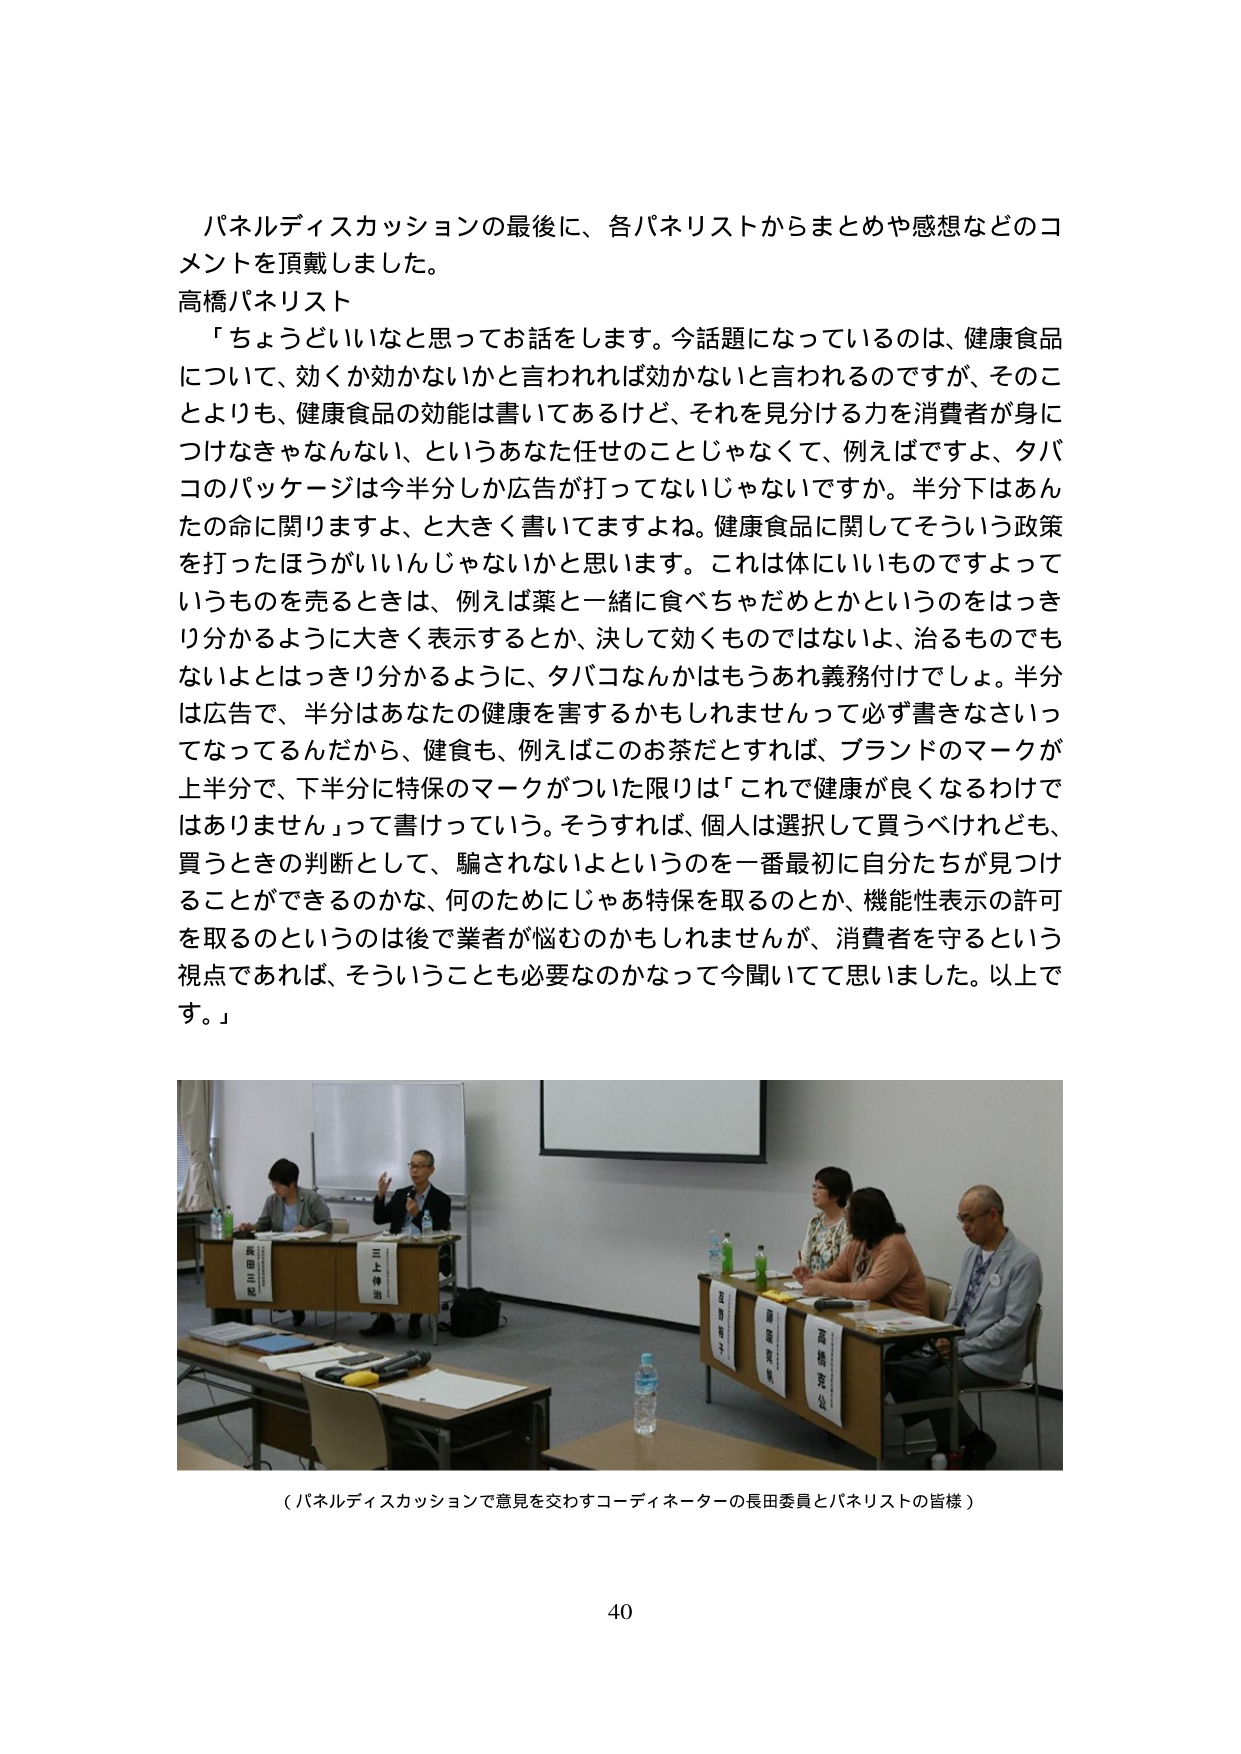
パネルディスカッションの最後に、各パネリストからまとめや感想などのコメントを頂戴しました。

高橋パネリスト
「ちょうどいいなと思ってお話をします。今話題になっているのは、健康食品について、効くか効かないかと言われれば効かないと言われるのですが、そのことよりも、健康食品の効能は書いてあるけど、それを見分ける力を消費者が身につけなきゃなんない、というあなた任せのことじゃなくて、例えばですよ、タバコのパッケージは今半分しか広告が打ってないじゃないですか。半分下はあなたの命に関りますよ、と大きく書いてますよね。健康食品に関してそういう政策を打ったほうがいいんじゃないかと思います。これは体にいいものですよっていうものを売るときは、例えば薬と一緒に食べちゃだめとかというのをはっきり分かるように大きく表示すると、決して効くものではないよ、治るものでもないよとはっきり分かるように、タバコなんかはもうあれ義務付けでしょ。半分は広告で、半分はあなたの健康を害するかもしれませんって必ず書きなさいってなってるんだから、健食も、例えばこのお茶だとすれば、ブランドのマークが上半分で、下半分に特保のマークがついた限りは「これで健康が良くなるわけではありません」って書けっていう。そうすれば、個人は選択して買うけれども、買うときの判断として、騙されないよというのを一番最初に自分たちが見つけることができるのかな、何のためにじゃあ特保を取るのとか、機能性表示の許可を取るのというのは後で業者が悩むのかもしれませんが、消費者を守るという視点であれば、そういうことも必要なのかなって今聞いてて思いました。以上です。」

（パネルディスカッションで意見を交わすコーディネーターの長田委員とパネリストの皆様）

40